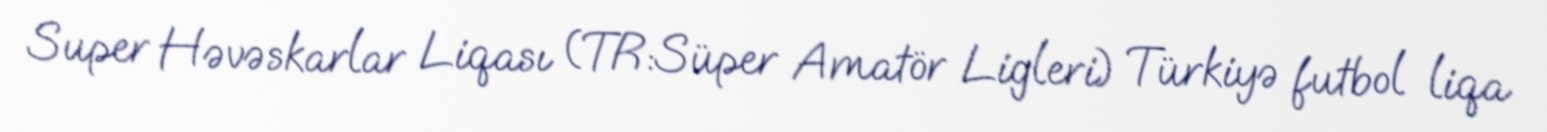
Super Həvəskarlar Liqası (TR:Süper Amatör Ligleri) Türkiyə futbol liqa